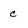
Character: c